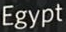
Egypt